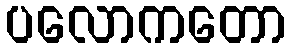
ပလောကတော